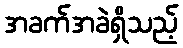
အခက်အခဲရှိသည့်